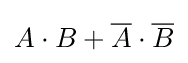
A\cdot B+{\overline {A}}\cdot {\overline {B}}